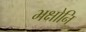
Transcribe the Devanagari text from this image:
भक्षोनि